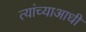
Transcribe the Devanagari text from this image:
त्यांच्याआधी